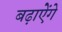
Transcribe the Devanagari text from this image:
बढ़ाऐेंगे